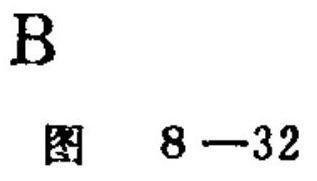
B
图 8—32